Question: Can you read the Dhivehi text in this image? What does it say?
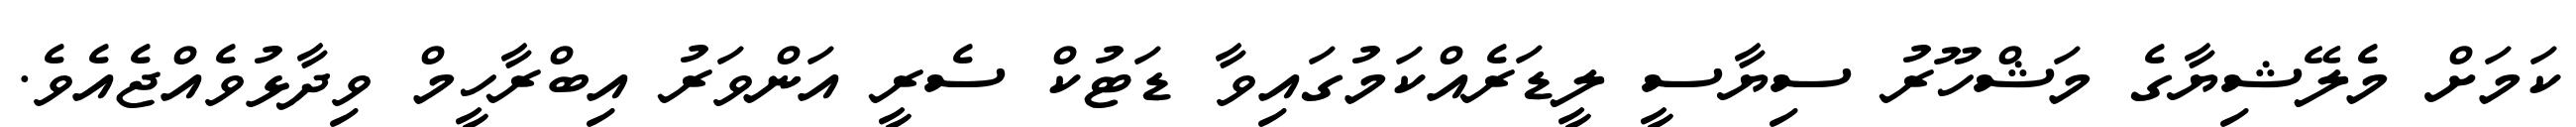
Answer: ކަމަށް މެލޭޝިޔާގެ މަޝްހޫރު ސިޔާސީ ލީޑަރެއްކަމުގައިވާ ޑަޓުކް ސެރީ އަންވަރު އިބްރާހީމް ވިދާޅުވެއްޖެއެވެ.